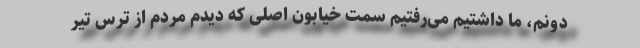
‌دونم، ما داشتیم می‌رفتیم سمت خیابون اصلی که دیدم مردم از ترس تیر